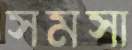
সমসা